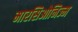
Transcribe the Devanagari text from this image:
मारसिओनिज्म